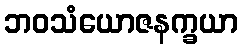
ဘဝသံယောဇနက္ခယာ